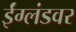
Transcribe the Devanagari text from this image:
ईंग्लंडवर